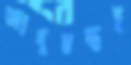
জাদুমন্ত্রই